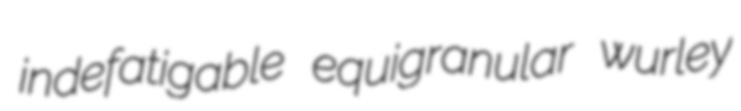
indefatigable equigranular wurley